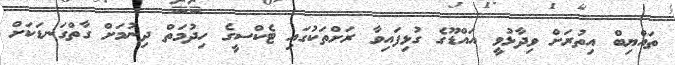
ތައްޔިބް އިތުރަށް ވިދާޅުވީ އައްޑޫގެ ގުޅިފައިވާ ރަށްތަކުގައި ޓެކްސީގެ ހިދުމަތް ދިނުމަށް ގާތްގަނޑަކަށް